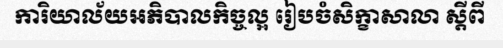
ការិយាល័យអភិបាលកិច្ចល្អ រៀបចំសិក្ខាសាលា ស្តីពី